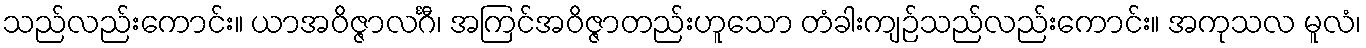
သည်လည်းကောင်း။ ယာအဝိဇ္ဇာလင်္ဂီ၊ အကြင်အဝိဇ္ဇာတည်းဟူသော တံခါးကျဉ်သည်လည်းကောင်း။ အကုသလ မူလံ၊